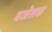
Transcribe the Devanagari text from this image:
बजेतक